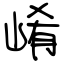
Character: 崤